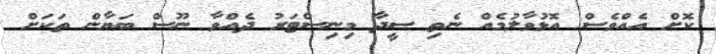
ކޮށް އެއްވެސް އޮޅުވާލުމެއް ނެތި ސީދާ މިނިސްޓަރު ދެއްވާ ނޫސް ބަޔާން ތަކަށް